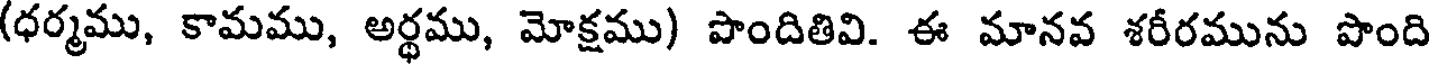
(ధర్మము, కామము, అర్థము, మోక్షము) పొందితివి. ఈ మానవ శరీరమును పొంది